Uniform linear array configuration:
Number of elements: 64
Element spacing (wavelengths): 0.25
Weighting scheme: exponential
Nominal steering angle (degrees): -15
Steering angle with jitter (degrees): -14.94
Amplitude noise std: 0.05
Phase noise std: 0.05

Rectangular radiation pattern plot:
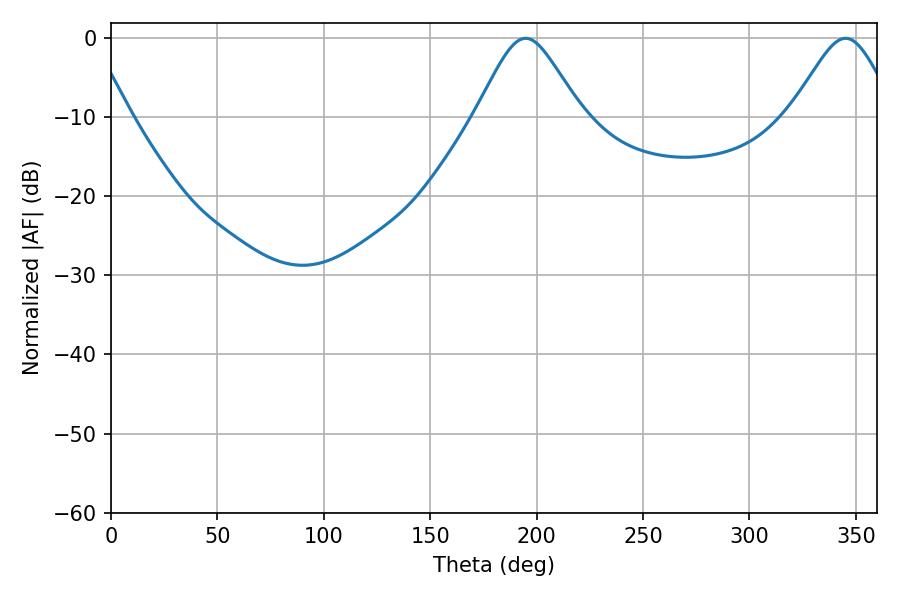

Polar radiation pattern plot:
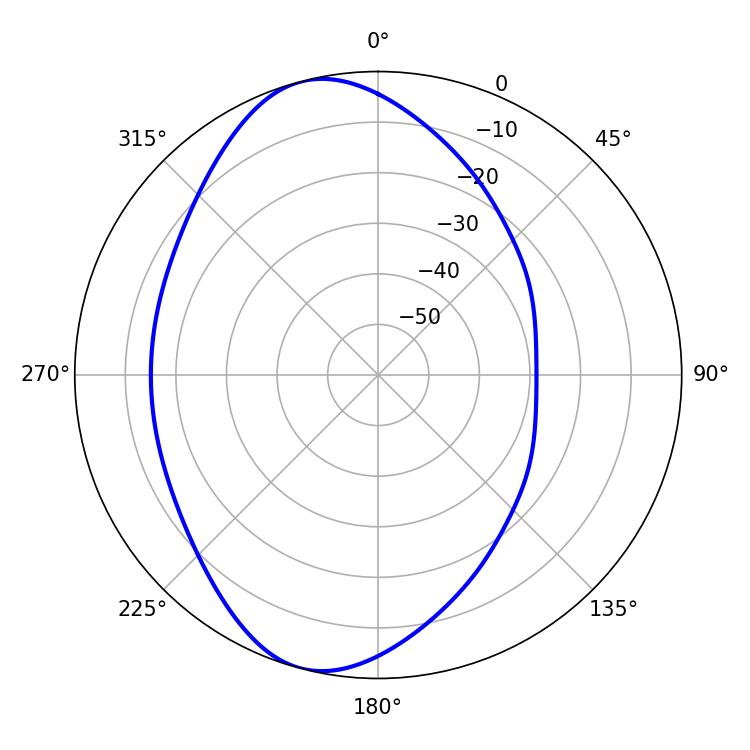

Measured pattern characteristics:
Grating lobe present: FALSE
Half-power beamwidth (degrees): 23.94
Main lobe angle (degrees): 194.76